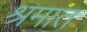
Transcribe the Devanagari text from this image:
श्रमात